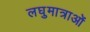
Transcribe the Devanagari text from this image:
लघुमात्राओं